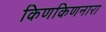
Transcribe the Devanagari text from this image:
किणकिणनारा